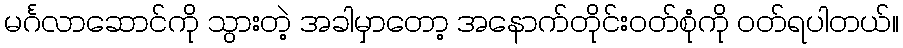
မင်္ဂလာဆောင်ကို သွားတဲ့ အခါမှာတော့ အနောက်တိုင်းဝတ်စုံကို ဝတ်ရပါတယ်။